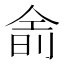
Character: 𬾮